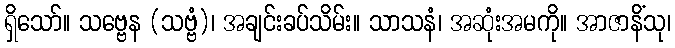
ရှိသော်။ သဗ္ဗေန (သဗ္ဗံ)၊ အချင်းခပ်သိမ်း။ သာသနံ၊ အဆုံးအမကို။ အာဇာနိံသု၊